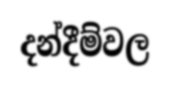
දන්දීම්වල